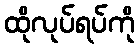
ထိုလုပ်ရပ်ကို